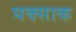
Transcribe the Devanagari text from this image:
घक्साक